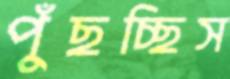
পুঁছচ্ছিস